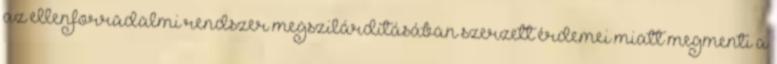
az ellenforradalmi rendszer megszilárdításában szerzett érdemei miatt megmenti a